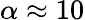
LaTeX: \alpha\approx 10